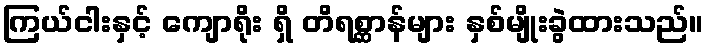
ကြယ်ငါးနှင့် ကျောရိုး ရှိ တိရစ္ဆာန်များ နှစ်မျိုးခွဲထားသည်။